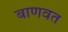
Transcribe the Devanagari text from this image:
बाणवत